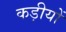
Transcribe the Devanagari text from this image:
कड़ीयों